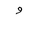
Letter: _waw